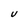
Character: U